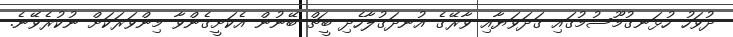
ދުވަހު ހުޅަނގުމޫސުމުގައި ގަދަވަޔާއި ވާރޭގެ އުނދަގުލާހެދި ބީޗް ބޭނުން އެކަށީގެންވާ މިންވަރަކަށް ނުކުރެވޭނެ.